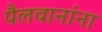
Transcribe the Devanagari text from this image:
पैलवानांना